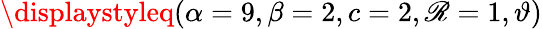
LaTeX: \displaystyleq(\alpha=9,\beta=2,c=2,\mathscr{R}=1,\vartheta)